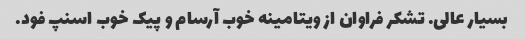
بسیار عالی. تشکر فراوان از ویتامینه خوب آرسام و پیک خوب اسنپ فود.